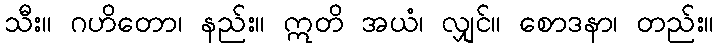
သီး။ ဂဟိတော၊ နည်း။ ဣတိ အယံ၊ လျှင်။ စောဒနာ၊ တည်း။